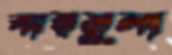
বারমুলা